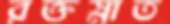
রক্তস্নাত